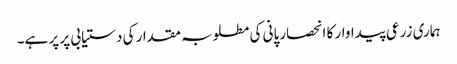
ہماری زرعی پیداوار کا انحصارپانی کی مطلوبہ مقدار کی دستیابی پر پر ہے۔